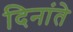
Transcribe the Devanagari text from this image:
दिनांते